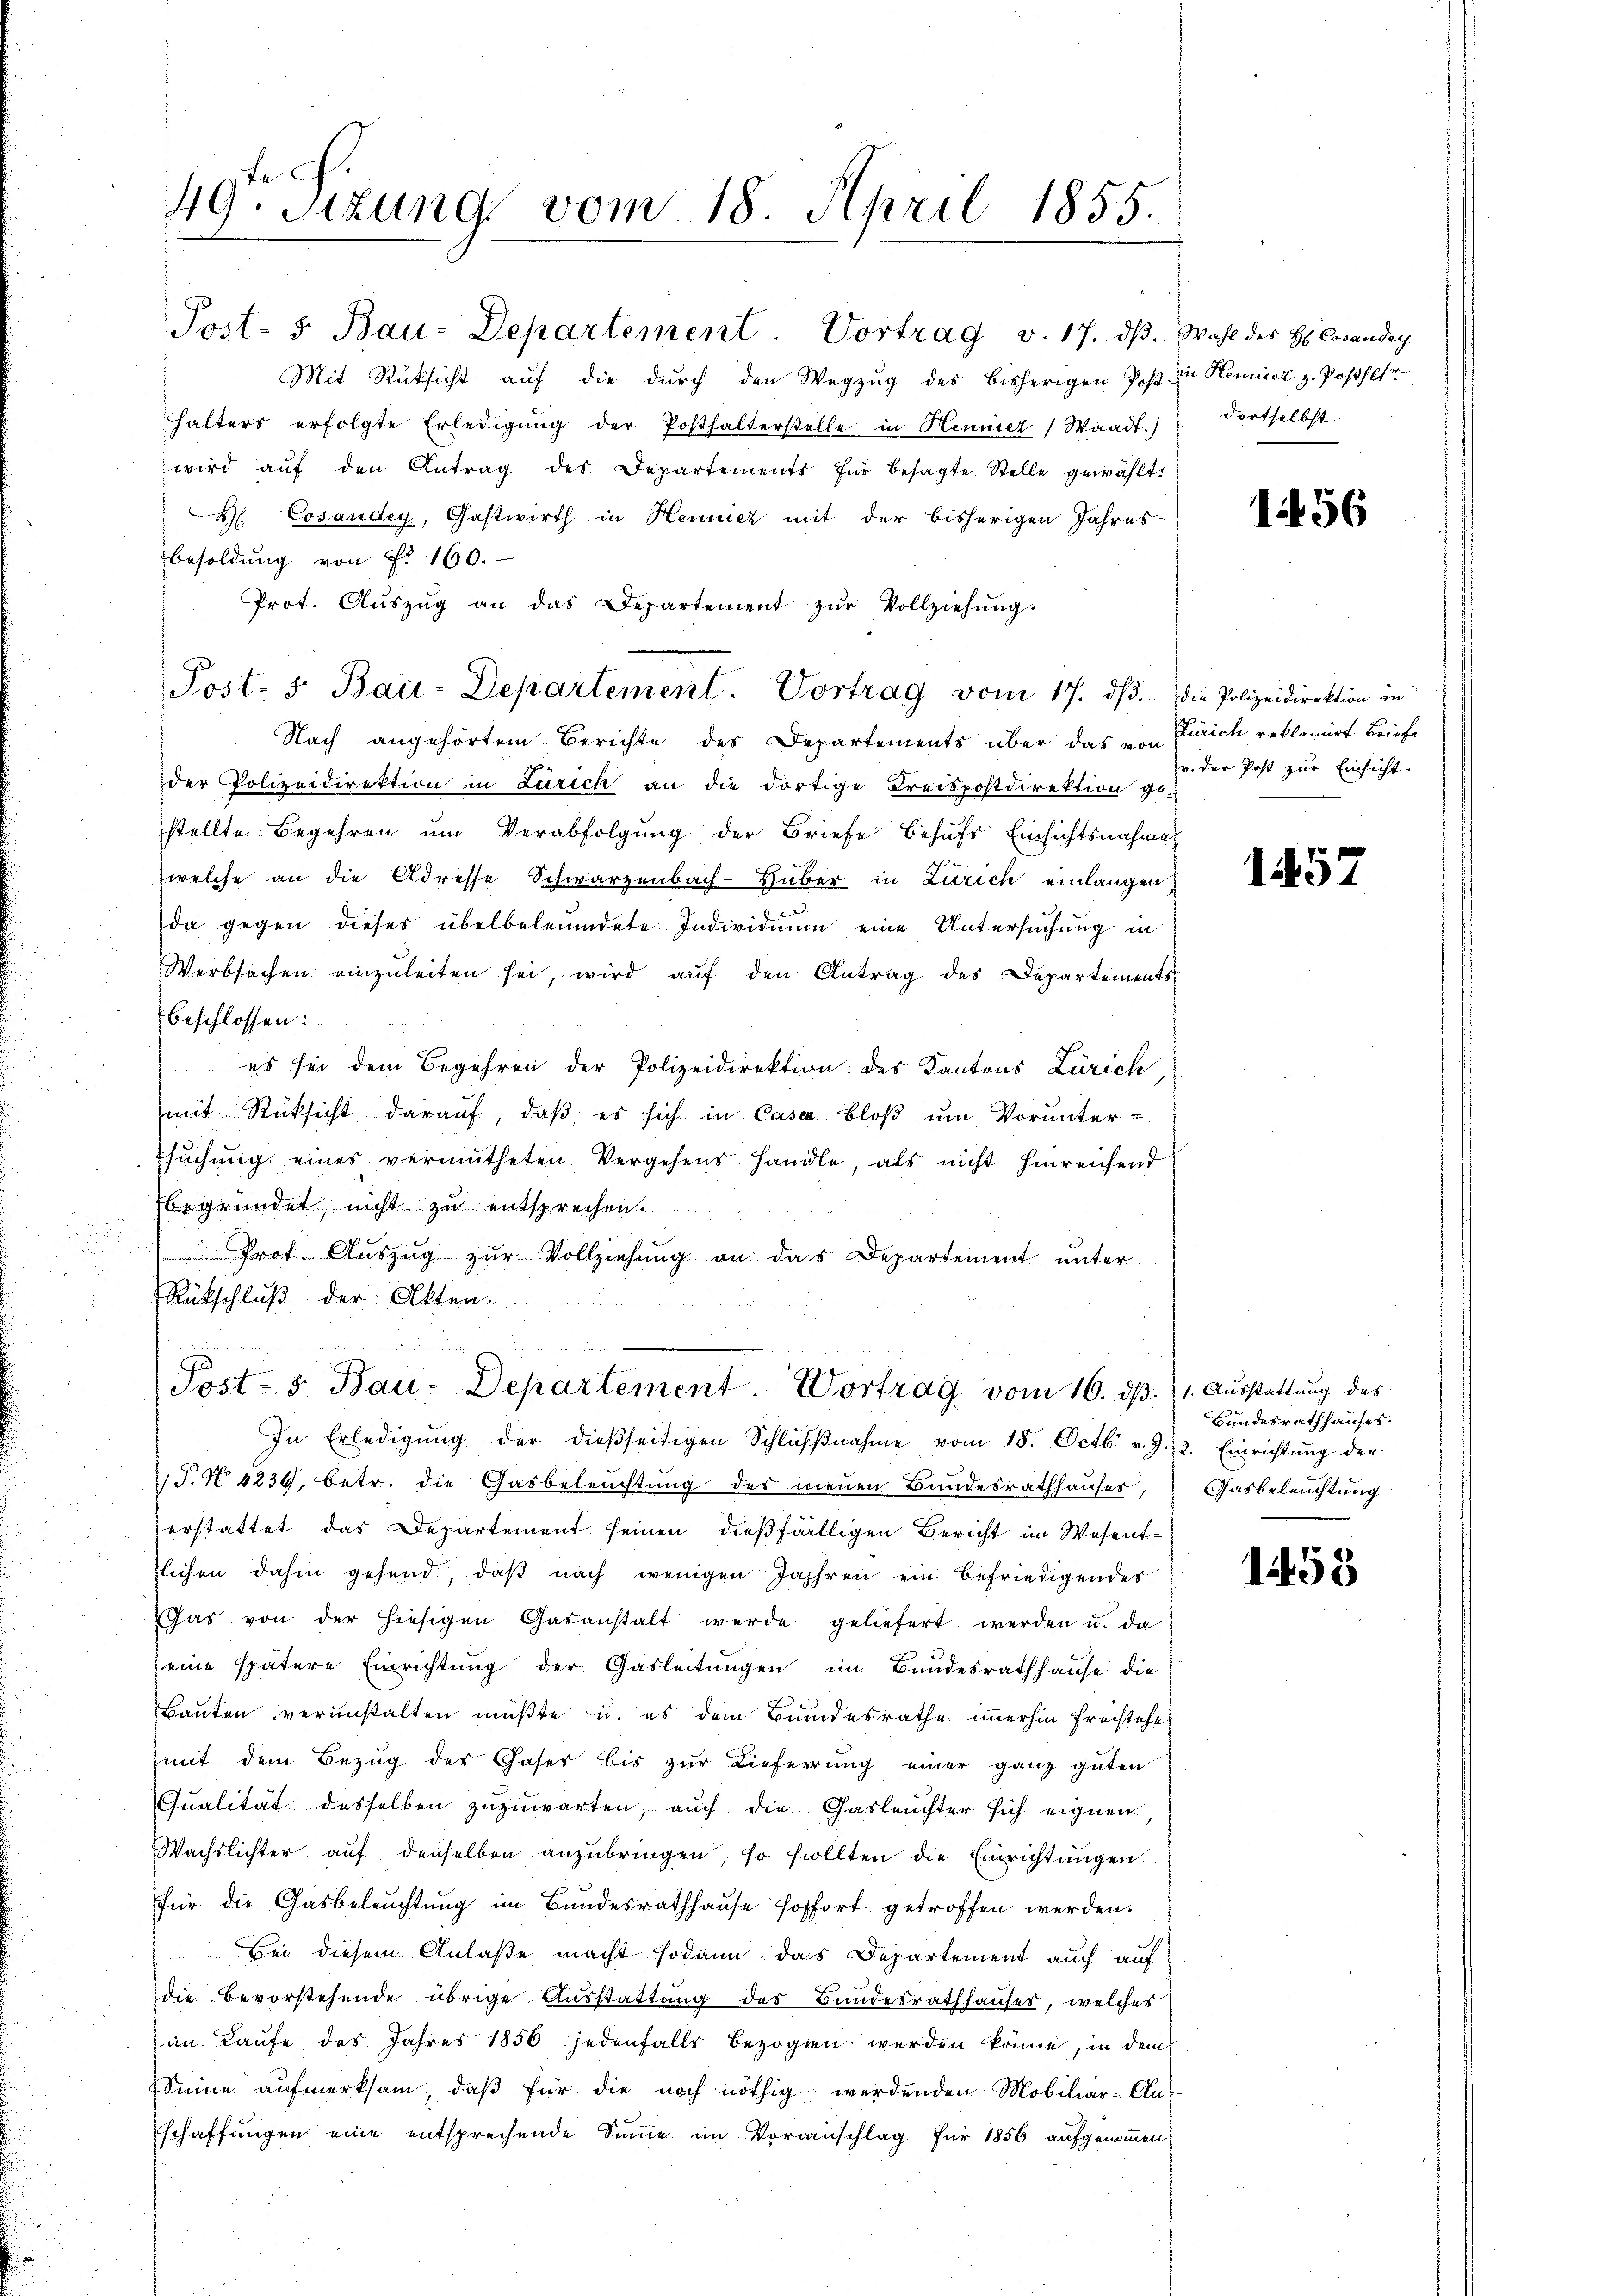
.

49. Sitzung vom 18. April 1855.

Post- 5. Bau-Departement Vortrag v. 17. dβ. Wahl des H Cocandig
Mit Rüksicht auf die durch den Wegzug des bisherigen Post in Hennicz z. Posthltr
halters erfolgte Erledigŭng der Posthalterstelle in Henner Waadt.)
wird aŭf den Antrag des Departements für besagte Stelle gewählt:
H Cosaudey, Gastwirth in Hennicz mit der bisherigen Jahres-
Besoldung von Fr. 160.
Prot. Aŭszŭg an das Departement zŭr Vollziehŭng.

Post- 5. Bau-Departement. Vortrag vom 17. dβ.

Br 22
Post-s Bau-Departement. Vortrag vom 16. ds. 1. Ausstattung des
In Erledigŭng der dießseitigen Schlŭβnahme vom 18. Octb. v. J. 2. Einrichtung der

Nach angehörtem Berichte des Departements über das von
der Polizeidirektion in Zürich an die dortige Kreispostdirektion ge-
stellte Begehren um Verabfolgung der Briefe Behufs Einsichtsnahme
welche an die Adresse Schwarzenbach-Huber in Zürich einlangen,
da gegen dieses übelbeleumdete Individuum eine Untersuchung in
Werbsachen einzuleiten sei, wird auf den Antrag des Departementsbeschlossen:
es sei dem Begehren der Polizeidirektion des Kantons Zürich
mit Rücksicht daraŭf, daβ es sich in Casa bloβ ŭm Vorunter-
sŭchŭng eines vermutheten Vergehens handle, als nicht hinreichend
begründet, nicht zu entsprechen.
 Prof. Aŭszŭg zŭr Vollziehŭng an das Departement ŭnter
zu
Rückschluß der Akten.
T. No 6236. betr. die Gasbeleuchtung des neuen Bundesrathhauser,
erstattet das Departement seinen dießfälligen Bericht im Wesentflichen dahin gehend, daβ nach wenigen Jahren ein befriedigendes
Gas von der hiesigen Gasanstalt werde geliefert werden u. da
eine spätere Einrichtung der Gasleitungen im Bandesrathhause die
Bauten veranstalten müßte u. es dem Bundesrathe immerhin freistehe
(mit dem Bezug des Gaser bis zur Lieferung einer ganz guten
Qualität desselben zuzuwarten, auch die Gasleuchter sich eignen,
Wachslichter aŭf denselben anzŭbringen, so sollten die Einrichtungen
für die Gasbeleuchtung im Bundesrathhause sofort getroffen werden.
Bei diesem Anlaße macht sodann das Departement auch auf
die Bevorstehende übrige Ausstattung des Bundesrathhauses, welches
im Laufe des Jahres 1856 jedenfalls bezogen werden könne, in dem
Sinne aufmerksam, daß für die noch nöthig werdenden Mobiliar-Au
schaffungen eine entsprechende Summe im Voranschlag für 1856 aufgenommen,

dortselbst.

1456

die Polizeidirektion in
Zürich, reklamirt Briefe
v. der Post zur Einsicht.

1457

Bundesrathhauses.
Gasbeleuchtung

1458